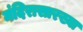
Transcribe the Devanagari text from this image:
मंदिरासारख्या